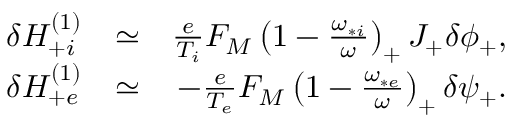
\begin{array} { r l r } { \delta H _ { + i } ^ { ( 1 ) } } & { \simeq } & { \frac { e } { T _ { i } } F _ { M } \left( 1 - \frac { \omega _ { * i } } { \omega } \right) _ { + } J _ { + } \delta \phi _ { + } , } \\ { \delta H _ { + e } ^ { ( 1 ) } } & { \simeq } & { - \frac { e } { T _ { e } } F _ { M } \left( 1 - \frac { \omega _ { * e } } { \omega } \right) _ { + } \delta \psi _ { + } . } \end{array}